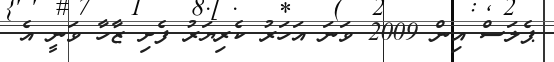
ޕެލަސް އިން 2009 ވަނަ އަހަރު ކެރިޔަރު ފެށި ޒާހާ ވަނީ އެ